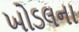
ખોડલના